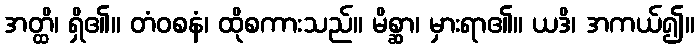
အတ္ထိ၊ ရှိ၏။ တံဝစနံ၊ ထိုစကားသည်။ မိစ္ဆာ၊ မှားရာ၏။ ယဒိ၊ အကယ်၍။